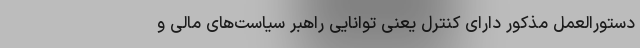
دستورالعمل مذکور دارای کنترل یعنی توانایی راهبر سیاست‌های مالی و